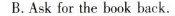
B.Ask for the book back.